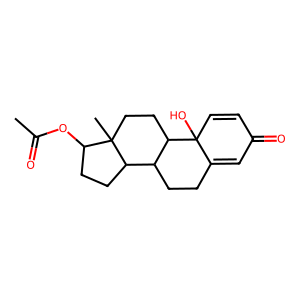
SMILES: CC(=O)OC1CCC2C3CCC4=CC(=O)C=CC4(O)C3CCC12C
Inhibits HIV replication: No